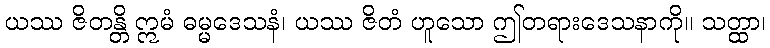
ယဿ ဇိတန္တိ ဣမံ ဓမ္မဒေသနံ၊ ယဿ ဇိတံ ဟူသော ဤတရားဒေသနာကို။ သတ္ထာ၊